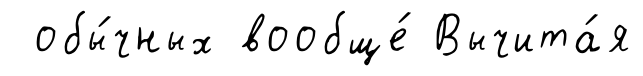
обы́чных вообще́ Вычита́я